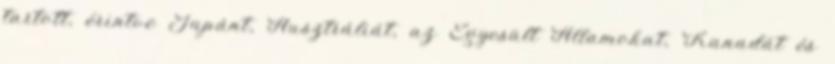
tartott, érintve Japánt, Ausztráliát, az Egyesült Államokat, Kanadát és